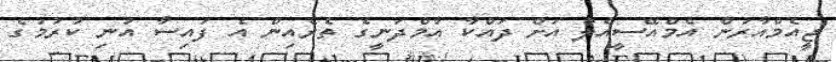
ޖީއެމްއާރުން އެމްއޭސީއެލް އަށް ދައްކާ އާމްދަނީގެ ތެރެއިން އެ ފައިސާ އުނި ކުރުމުގެ